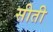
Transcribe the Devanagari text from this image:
सीती